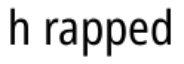
h rapped